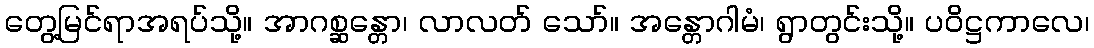
တွေ့မြင်ရာအရပ်သို့။ အာဂစ္ဆန္တော၊ လာလတ် သော်။ အန္တောဂါမံ၊ ရွာတွင်းသို့။ ပဝိဋ္ဌကာလေ၊